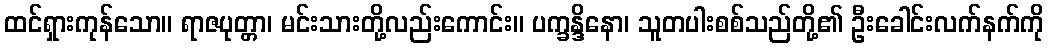
ထင်ရှားကုန်သော။ ရာဇပုတ္တာ၊ မင်းသားတို့လည်းကောင်း။ ပက္ခန္ဒိနော၊ သူတပါးစစ်သည်တို့၏ ဦးခေါင်းလက်နက်ကို